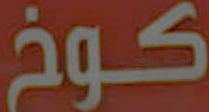
كوخ